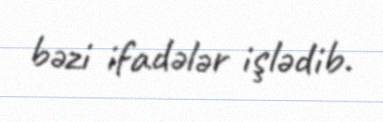
bəzi ifadələr işlədib.